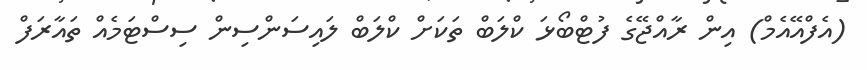
(އެފްއޭއެމް) އިން ރާއްޖޭގެ ފުޓްބޯޅަ ކްލަބް ތަކަށް ކްލަބް ލައިސަންސިން ސިސްޓަމެއް ތައާރަފް